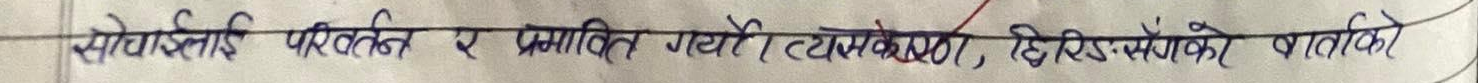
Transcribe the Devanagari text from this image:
सोलोचाइज परिवर्तन र प्रभावित गर्यो (ट्याम्करण), हिरी सेगको बातावी